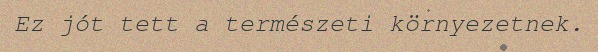
Ez jót tett a természeti környezetnek.